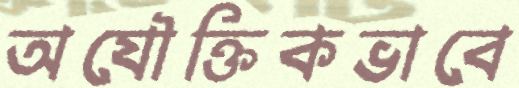
অযৌক্তিকভাবে